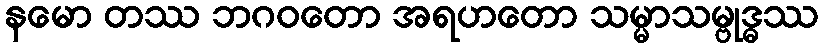
နမော တဿ ဘဂဝတော အရဟတော သမ္မာသမ္ဗုဒ္ဓဿ